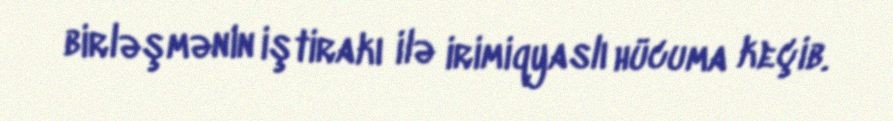
birləşmənin iştirakı ilə irimiqyaslı hücuma keçib.